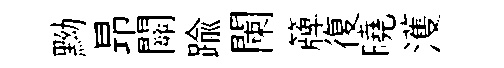
黝昻關踰闌簰復曉濩